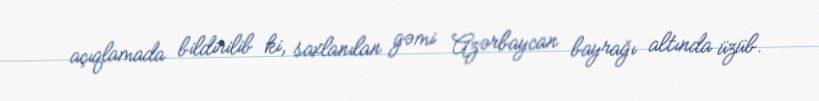
açıqlamada bildirilib ki, saxlanılan gəmi Azərbaycan bayrağı altında üzüb.